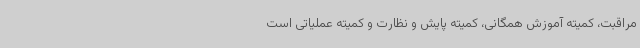
مراقبت، کمیته آموزش همگانی، کمیته پایش و نظارت و کمیته عملیاتی است